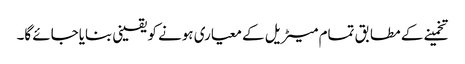
تخمینے کے مطابق تمام میٹریل کے معیاری ہونے کو یقینی بنایاجائے گا۔